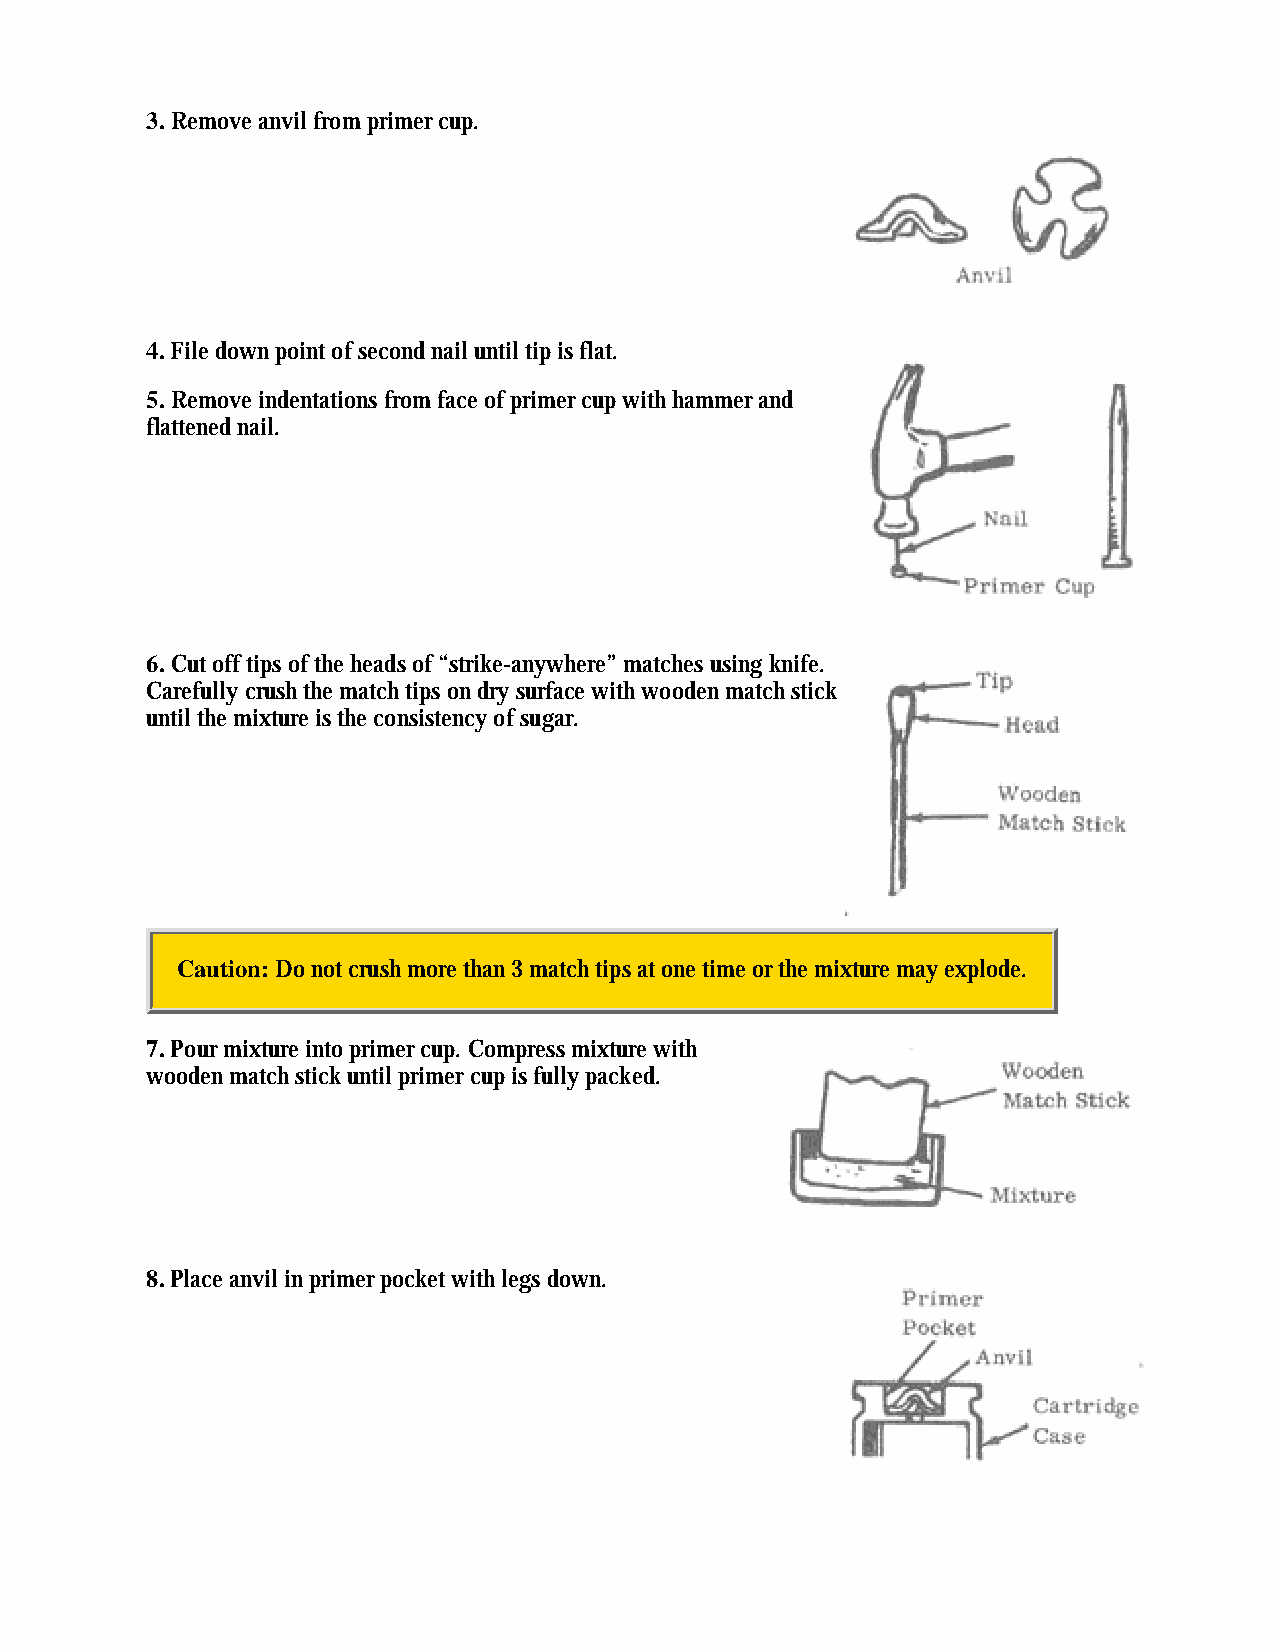
3. Remove anvil from primer cup.
 4. File down point of second nail until tip is flat.
 5. Remove indentations from face of primer cup with hammer and
 flattened nail.
 6. Cut off tips of the heads of “strike-anywhere” matches using knife.
 Carefully crush the match tips on dry surface with wooden match stick
 until the mixture is the consistency of sugar.
 Caution: Do not crush more than 3 match tips at one time or the mixture may explode.
 7. Pour mixture into primer cup. Compress mixture with
 wooden match stick until primer cup is fully packed.
 8. Place anvil in primer pocket with legs down.